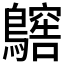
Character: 𪆥